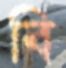
বি